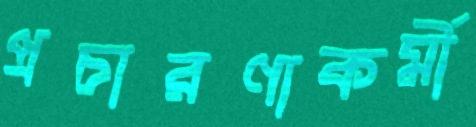
প্রচারণাকর্মী